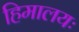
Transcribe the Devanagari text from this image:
हिमालयः